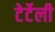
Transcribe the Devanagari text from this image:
टेर्टेली